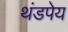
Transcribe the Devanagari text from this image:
थंडपेय